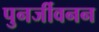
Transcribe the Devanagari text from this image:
पुनर्जीवनन